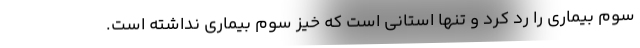
سوم بیماری را رد کرد و تنها استانی است که خیز سوم بیماری نداشته است.